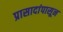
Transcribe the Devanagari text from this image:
प्रासादांपासून